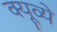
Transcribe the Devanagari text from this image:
क्यूव्ये